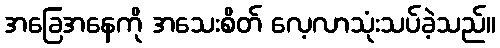
အခြေအနေကို အသေးစိတ် လေ့လာသုံးသပ်ခဲ့သည်။